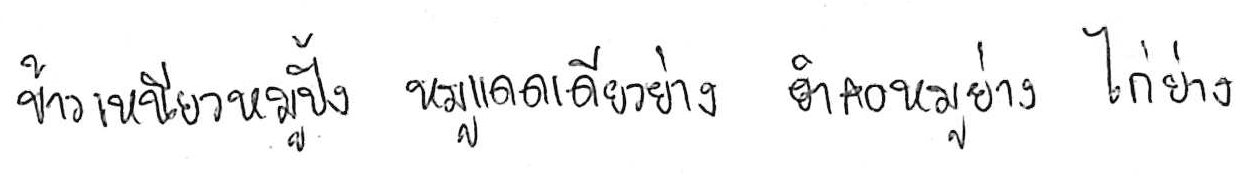
ข้าวเหนียวหมูปิ้ง หมูแดดเดียวย่าง ยำคอหมูย่าง ไก่ย่าง